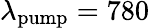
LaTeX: \lambda_{\mathrm{pump}}=780